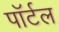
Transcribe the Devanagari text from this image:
पॉर्टल